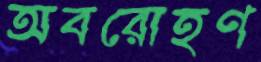
অবরোহণ